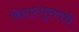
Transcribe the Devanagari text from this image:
विराटपुरुषसे